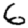
Digit: 6